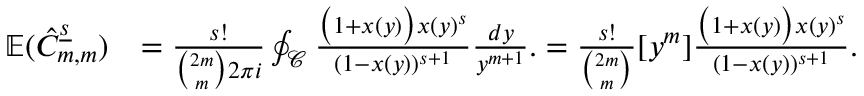
\begin{array} { r l } { { \mathbb { E } } ( \ensuremath { \hat { C } _ { m , m } ^ { \underline { { s } } } } ) } & { = \frac { s ! } { \binom { 2 m } { m } 2 \pi i } \oint _ { \mathcal { C } } \frac { \big ( 1 + x ( y ) \big ) x ( y ) ^ { s } } { ( 1 - x ( y ) ) ^ { s + 1 } } \frac { d y } { y ^ { m + 1 } } . = \frac { s ! } { \binom { 2 m } { m } } [ y ^ { m } ] \frac { \big ( 1 + x ( y ) \big ) x ( y ) ^ { s } } { ( 1 - x ( y ) ) ^ { s + 1 } } . } \end{array}